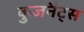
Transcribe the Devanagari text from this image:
कुजनैट्स